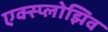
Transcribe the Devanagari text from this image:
एक्स्प्लोझिव